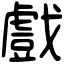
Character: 戲